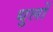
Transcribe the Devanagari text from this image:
धुलों